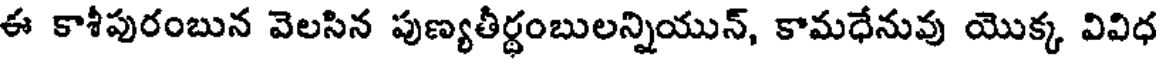
ఈ కాశీపురంబున వెలసిన పుణ్యతీర్థంబులన్నియున్, కామధేనువు యొక్క వివిధ